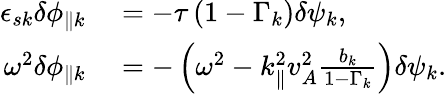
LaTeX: \begin{array}{rl}{\epsilon_{s{k}}\delta\phi_{\parallel{k}}}&{{}=-\tau\left(1-\Gamma_{k}\right)\delta\psi_{k},}\\ {\omega^{2}\delta\phi_{\parallel{k}}}&{{}=-\left(\omega^{2}-k_{\parallel}^{2}v_{A}^{2}\frac{b_{k}}{1-\Gamma_{k}}\right)\delta\psi_{k}.}\end{array}